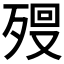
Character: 𣨨